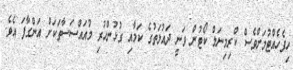
ހިފެހެއްޓުމަށްވެސް ކްރިމިނަލް ކޯޓުން ވަނީ ދައުލަތުގެ ކަމާއި ގުޅުންހުރި މުއައްސަސާތަކަށް އަންގާފަ އެވެ.